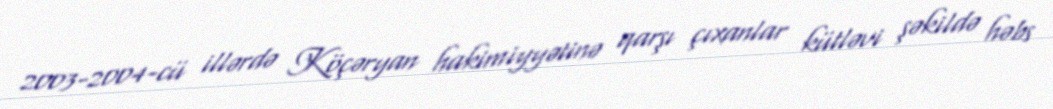
2003-2004-cü illərdə Köçəryan hakimiyyətinə qarşı çıxanlar kütləvi şəkildə həbs